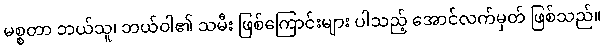
မစ္စတာ ဘယ်သူ၊ ဘယ်ဝါ၏ သမီး ဖြစ်ကြောင်းများ ပါသည့် အောင်လက်မှတ် ဖြစ်သည်။